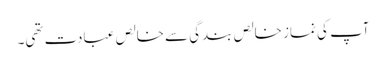
آپ کی نماز خالص بندگی سے خالص عبادت تھی۔